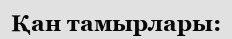
Қан тамырлары: